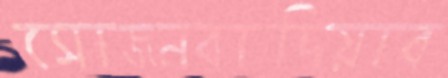
সোজনবাদিয়ার